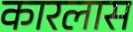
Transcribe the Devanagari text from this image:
कारलास